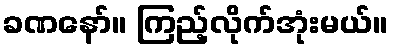
ခဏနော်။ ကြည့်လိုက်အုံးမယ်။